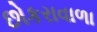
છોકરાવાળા